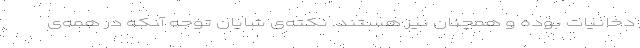
دخانیات بوده و همچنان نیز هستند. نکته‌ی شایان توجه آنکه در همه‌ی